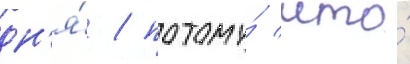
дн'я́ / потому́ что́